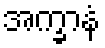
အက္ခာနံ